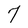
Character: 7